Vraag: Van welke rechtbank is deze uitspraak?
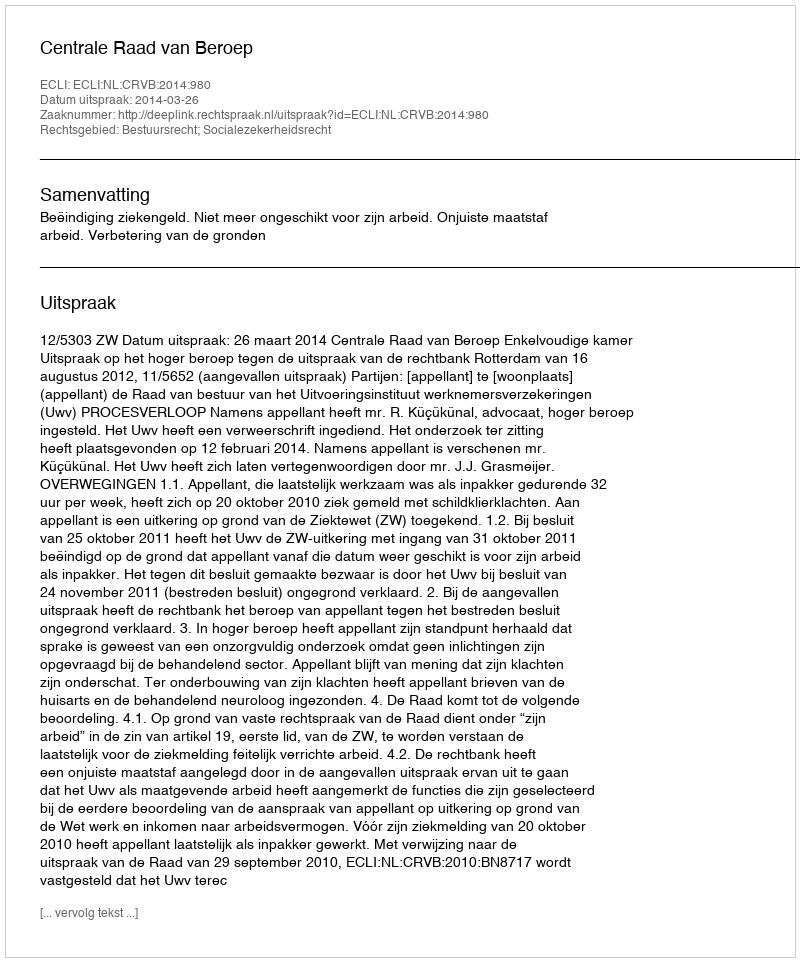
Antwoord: Centrale Raad van Beroep